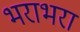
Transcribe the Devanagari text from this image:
भराभरा